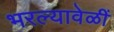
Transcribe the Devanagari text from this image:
भरल्यावेळीं